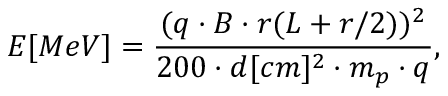
E [ M e V ] = \frac { ( q \cdot B \cdot r ( L + r / 2 ) ) ^ { 2 } } { 2 0 0 \cdot d [ c m ] ^ { 2 } \cdot m _ { p } \cdot q } ,